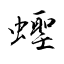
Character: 蟶